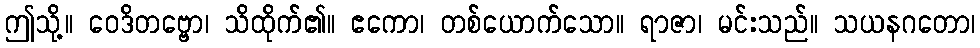
ဤသို့။ ဝေဒိတဗ္ဗော၊ သိထိုက်၏။ ဧကော၊ တစ်ယောက်သော။ ရာဇာ၊ မင်းသည်။ သယနဂတော၊